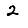
Digit: 2